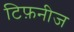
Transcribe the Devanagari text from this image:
टिफ़नीज